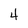
Character: 4